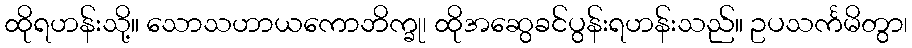
ထိုရဟန်းသို့။ သောသဟာယကောဘိက္ခု၊ ထိုအဆွေခင်ပွန်းရဟန်းသည်။ ဥပသင်္ကမိတွာ၊